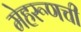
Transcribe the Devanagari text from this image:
मेहरूणची